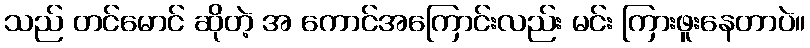
သည် တင်မောင် ဆိုတဲ့ အ ကောင်အကြောင်းလည်း မင်း ကြားဖူးနေတာပဲ။